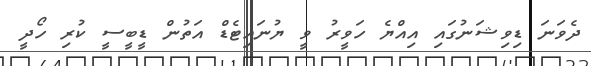
ދެވަނަ ޑިވިޝަނުގައި އިއްޔެ ހަވީރު ވީ ޔުނައިޓެޑް އަތުން ޑީބީސީ ކުރި ހޯދީ